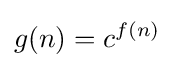
g(n)=c^{f(n)}